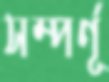
সম্পর্ণূ